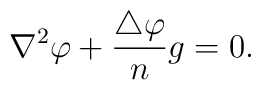
\nabla^2\varphi +{\triangle\varphi\over n}g =0.